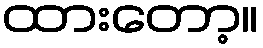
ထားတော့။